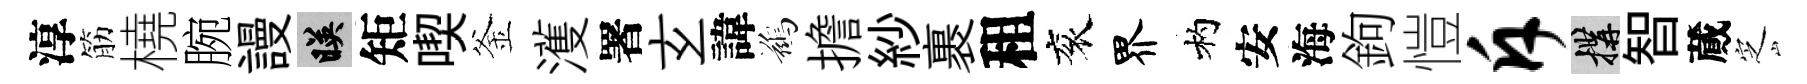
淳筋橈腕謾映矩喫釜濩署𤣥諱鷀擔紗裹租衮界杓安海鉤愷斥構智蕆㝎